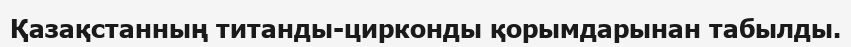
Қазақстанның титанды-цирконды қорымдарынан табылды.